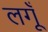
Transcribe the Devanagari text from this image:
लगूँ